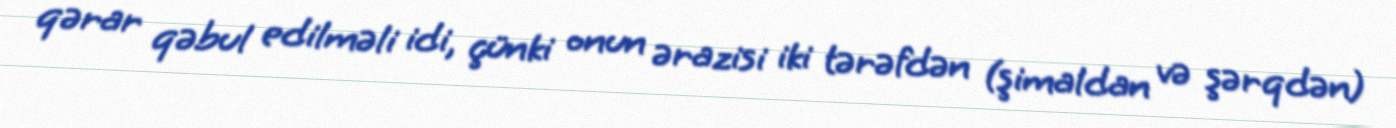
qərar qəbul edilməli idi, çünki onun ərazisi iki tərəfdən (şimaldan və şərqdən)